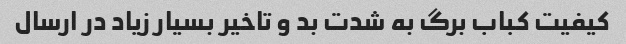
کیفیت کباب برگ به شدت بد و تاخیر بسیار زیاد در ارسال